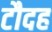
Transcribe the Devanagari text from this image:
टौदह